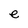
Character: e